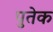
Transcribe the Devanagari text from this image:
पुतेक